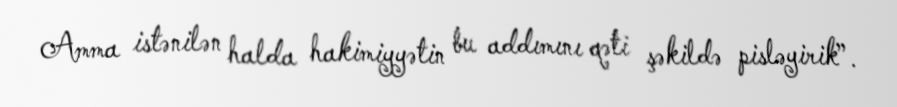
Amma istənilən halda hakimiyyətin bu addımını qəti şəkildə pisləyirik”.